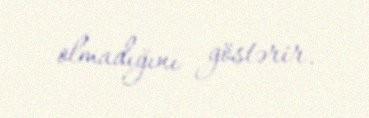
olmadığını göstərir.